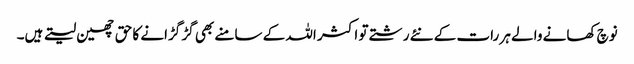
نوچ کھانے والے ہر رات کے نئے رشتے تو اکثر اللہ کے سامنے بھی گڑ گڑانے کا حق چھین لیتے ہیں۔